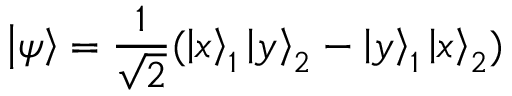
\left| \psi \right\rangle = { \frac { 1 } { \sqrt { 2 } } } ( \left| x \right\rangle _ { 1 } \left| y \right\rangle _ { 2 } - \left| y \right\rangle _ { 1 } \left| x \right\rangle _ { 2 } )